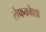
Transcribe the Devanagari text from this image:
लेफकोशा